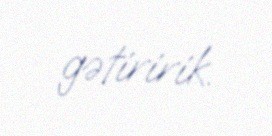
gətiririk.